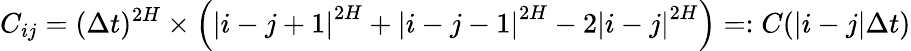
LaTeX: {C_{ij}=(\Delta t)^{2H}\times\left(\left|i-j+1\right|^{2H}+\left|i-j-1\right|^{2H}-2\left|i-j\right|^{2H}\right)}=:C(|i-j|\Delta t)